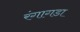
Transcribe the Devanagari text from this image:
रंगागडा